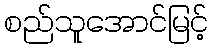
စည်သူအောင်မြင့်